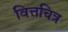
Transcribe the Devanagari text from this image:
वित्तचित्र